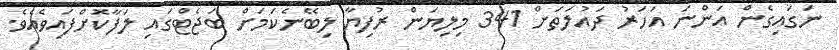
ނަގައިގެން އަންނަ އަހަރު ދައުލަތަށް 341 މިލިޔަން ރުފިޔާ ލިބޭނެކަމަށް ބަޖެޓްގައި ލަފާކޮށްފައިވެއެވެ.